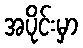
အပိုင်းမှာ